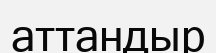
аттандыр